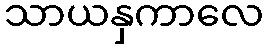
သာယနှကာလေ